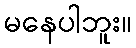
မနေပါဘူး။